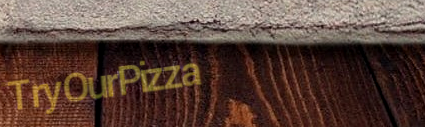
TryOurPizza